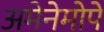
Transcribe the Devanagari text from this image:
अमेनेमोपे